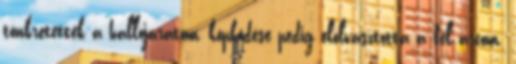
tönkretették a hallójáratom, köpködése pedig elolvasztotta a fél arcom.